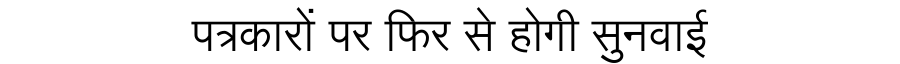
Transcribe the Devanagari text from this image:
पत्रकारों पर फिर से होगी सुनवाई